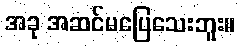
အခု အဆင်မပြေသေးဘူး။